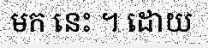
មក នេះ ។ ដោយ